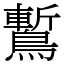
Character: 䳻